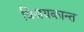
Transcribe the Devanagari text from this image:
विजयकान्त